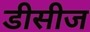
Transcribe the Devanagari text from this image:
डीसीज